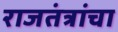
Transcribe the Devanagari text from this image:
राजतंत्रांचा